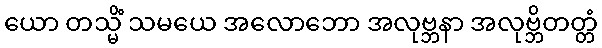
ယော တသ္မိံ သမယေ အလောဘော အလုဗ္ဘနာ အလုဗ္ဘိတတ္တံ